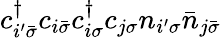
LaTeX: c_{i^{\prime}\bar{\sigma}}^{\dagger}c_{i\bar{\sigma}}c_{i\sigma}^{\dagger}c_{j\sigma}n_{i^{\prime}\sigma}\bar{n}_{j\bar{\sigma}}